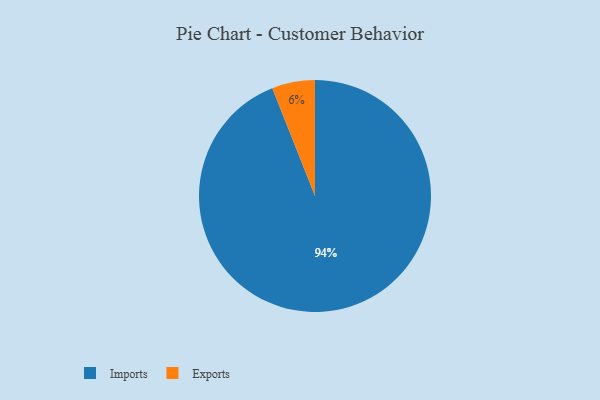
{"axis": {"x": "Category", "y": "Percentage"}, "legend": ["Exports", "Imports"], "data": [{"x": "Exports", "y": 6, "type": "Exports"}, {"x": "Imports", "y": 94, "type": "Imports"}]}